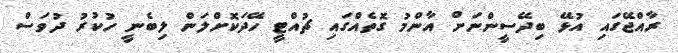
ރާއްޖޭގައި އުޅޭ ބިދޭސީންނަށް އާންމު ގޮތެއްގައި ޗުއްޓީ ހޭދަކޮށްލަން ލިބެނީ ހުކުރު ދުވަސް